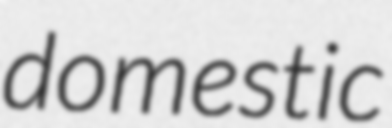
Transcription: domestic